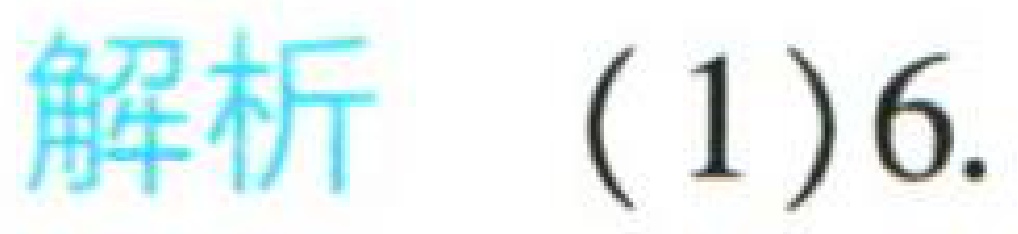
解析 (1)6.